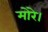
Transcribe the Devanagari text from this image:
मोरे।